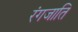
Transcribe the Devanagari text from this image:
रंगजाति